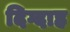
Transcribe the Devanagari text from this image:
दिग्दाह